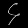
Digit: ၄